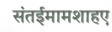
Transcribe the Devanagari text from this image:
संतईमामशाहए